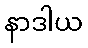
နာဒါယ